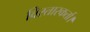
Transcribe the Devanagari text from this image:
विस्तारकर्ता।